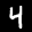
Label: 4